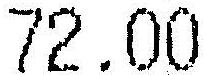
72.00